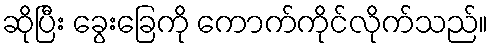
ဆိုပြီး ခွေးခြေကို ကောက်ကိုင်လိုက်သည်။